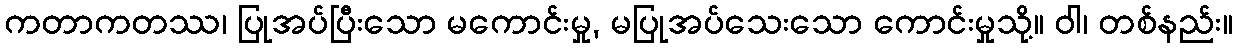
ကတာကတဿ၊ ပြုအပ်ပြီးသော မကောင်းမှု, မပြုအပ်သေးသော ကောင်းမှုသို့။ ဝါ၊ တစ်နည်း။